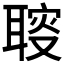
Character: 𦖪